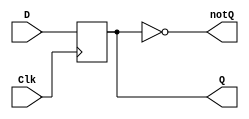
`timescale 1ns / 1ps
`default_nettype none

/* Verilog behavioral model of a flip-flop without enable.
   The lab FPGA prefers this sort of storage element over the D-latch */
   
module d_flip_flip_behavioral(
    output reg Q,
    output wire notQ,
    input wire D,
    input wire Clk // clock is trigger signal     
);

    /* describe behavior of D flip-flop */
    always@ (posedge Clk) // trigger edge is the positive (rising) edge
        Q <= D; // non-blocking assignment
        
    assign notQ = ~Q; // obvious
    
endmodule